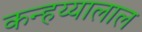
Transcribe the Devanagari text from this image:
कन्हय्यालाल